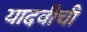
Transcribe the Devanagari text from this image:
यादवीची